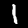
Digit: 1